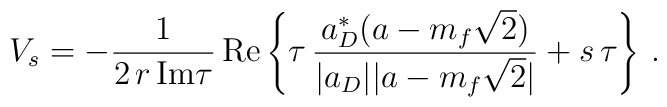
V_s=-\frac{1}{2\,r\,{\rm Im}\tau}\,{\rm Re}\left\{\tau\,\frac{ a_D^*(a-m_f\sqrt{2})}{|a_D||a-m_f\sqrt{2}|}+s\,\tau\right\}\,.